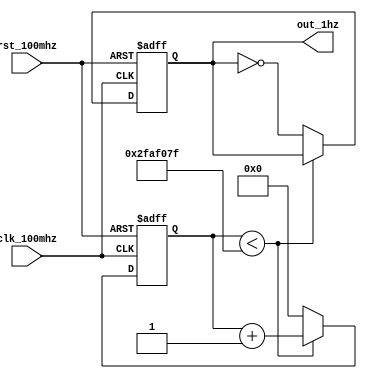
`timescale 1ns / 1ps
//generate a signal of 1hz form the default clock

module gene_1hz(clk_100mhz,rst_100mhz,out_1hz);
input clk_100mhz,rst_100mhz;
reg [25:0] count_reg = 0;
output reg out_1hz = 0;

always @(posedge clk_100mhz or posedge rst_100mhz) begin
    if (rst_100mhz) begin
        count_reg <= 0;
        out_1hz <= 0;
    end else begin
        if (count_reg < 49999999) begin
//            if (count_reg < 49999) begin
            count_reg <= count_reg + 1;
        end else begin
            count_reg <= 0;
            out_1hz <= ~out_1hz;
        end
    end
end
    
endmodule